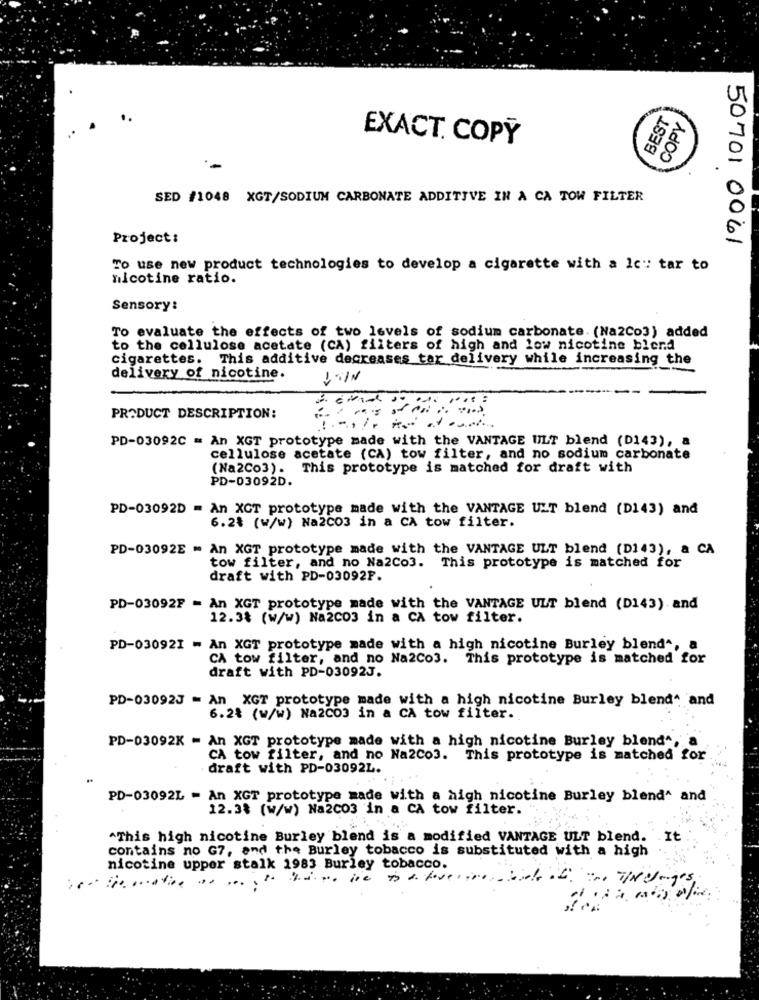
BEST
COPY
EXACT. COPY
-
SED #1048 XGT/SODIUM CARBONATE ADDITIVE IN A CA TOW FILTER
Project:
50701 0061
To use new product technologies to develop a cigarette with a Ic": tar to
nicotine ratio.
Sensory:
To evaluate the effects of two levels of sodium carbonate. (Na2Co3) added
to the cellulose acetate (CA) filters of high and low nicotine blend
cigarettes. This additive decreases tar delivery while increasing the
delivery of nicotine.
->
PRODUCT DESCRIPTION:
PD-03092C = An XGT prototype made with the VANTAGE ULT blend (D143), a
cellulose acetate (CA) tow filter, and no sodium carbonate
(Na2Co3). This prototype is matched for draft with
PD-03092D.
PD-03092D = An XCT prototype made with the VANTAGE ULT blend (D143) and
6.21 (w/w) Na2003 in a CA tow filter.
PD-03092E - An XGT prototype made with the VANTAGE ULT blend (D143), a CA
tow filter, and no Na2Co3. This prototype is matched for
draft with PD-03092F.
PD-03092F = An XGT prototype made with the VANTAGE ULT blend (D143) and
12.3% (w/w) Na2CO3 in a CA tow filter.
PD-030921 = An XGT prototype made with a high nicotine Burley blend", a
CA tow filter, and no Na2Co3. This prototype is matched for
draft with PD-03092J.
PD-03092J = An XGT prototype made with a high nicotine Burley blend", and
6.2% (w/w) Na2CO3 in a CA tow filter.
PD-03092K = An XGT prototype made with a high nicotine Burley blend", a
CA tow filter, and no Na2Co3. This prototype is matched for
draft with PD-03092L.
PD-03092L = An XGT prototype made with a high nicotine Burley blend^ and
12.3% (w/w) Na2CO3 in a CA tow filter.
^This high nicotine Burley blend is a modified VANTAGE ULT blend. It
contains no G7, and the Burley tobacco is substituted with a high
nicotine upper stalk 1983 Burley tobacco.